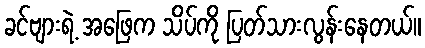
ခင်ဗျားရဲ့ အဖြေက သိပ်ကို ပြတ်သားလွန်းနေတယ်။